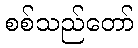
စစ်သည်တော်